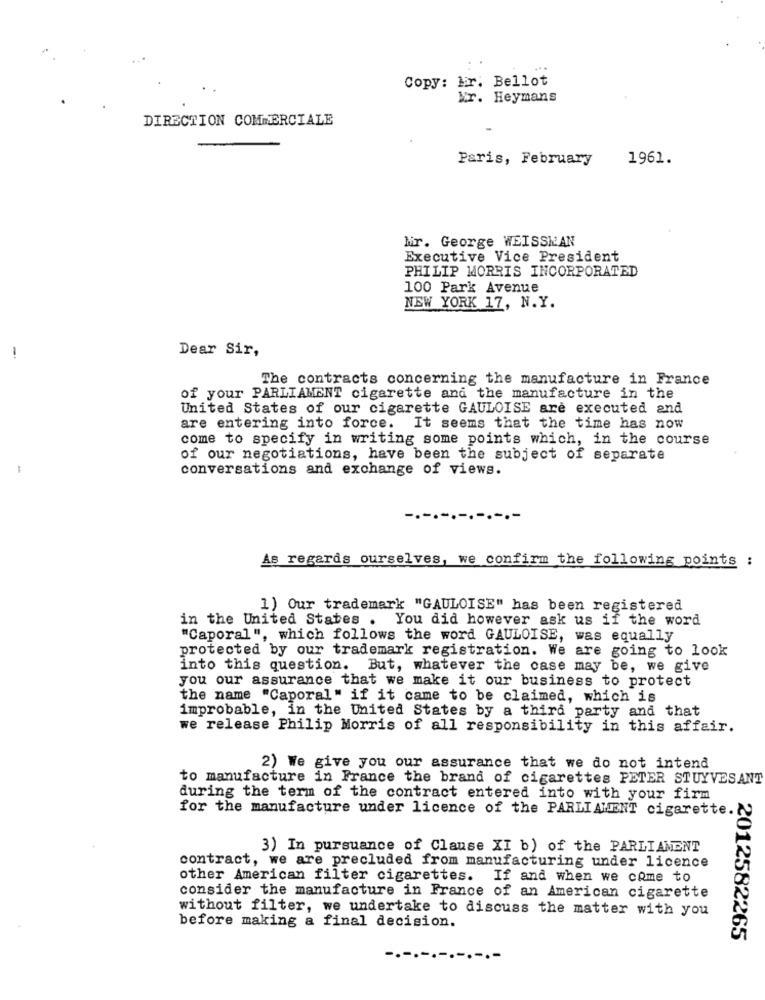
Copy: lir. Bellot
Mr. Heymans
DIRECTION COMMERCIALE
Paris, February
1961.
Mir. George WEISSKAN
Executive Vice President
PHILIP MORRIS INCORPORATED
100 Park Avenue
NEW YORK 17, N.Y.
Dear Sir,
The contracts concerning the manufacture in France
of your PARLIAMENT cigarette and the manufacture in the
United States of our cigarette GAULOISE are executed and
are entering into force. It seems that the time has now
come to specify in writing some points which, in the course
of our negotiations, have been the subject of separate
conversations and exchange of views.
-.
.-.
.-.
As regards ourselves, we confirm the following points :
1) Our trademark "GAULOISE" has been registered
in the United States . You did however ask us if the word
"Caporal ", which follows the word GAULOISE, was equally
protected by our trademark registration. We are going to look
into this question. But, whatever the case may be, we give
you our assurance that we make it our business to protect
the name "Caporal" if it came to be claimed, which is
improbable, in the United States by a third party and that
we release Philip Morris of all responsibility in this affair.
2) We give you our assurance that we do not intend
to manufacture in France the brand of cigarettes PETER STUYVESANT
during the term of the contract entered into with your firm
for the manufacture under licence of the PARLIAMENT cigarette.
3) In pursuance of Clause XI b) of the PARLIAMENT
contract, we are precluded from manufacturing under licence
other American filter cigarettes. If and when we come to
consider the manufacture in France of an American cigarette
without filter, we undertake to discuss the matter with you
before making a final decision.
2012582265
-.-.